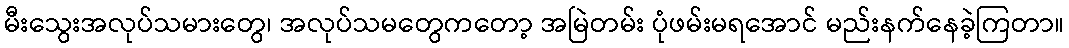
မီးသွေးအလုပ်သမားတွေ၊ အလုပ်သမတွေကတော့ အမြဲတမ်း ပုံဖမ်းမရအောင် မည်းနက်နေခဲ့ကြတာ။